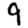
Digit: 9